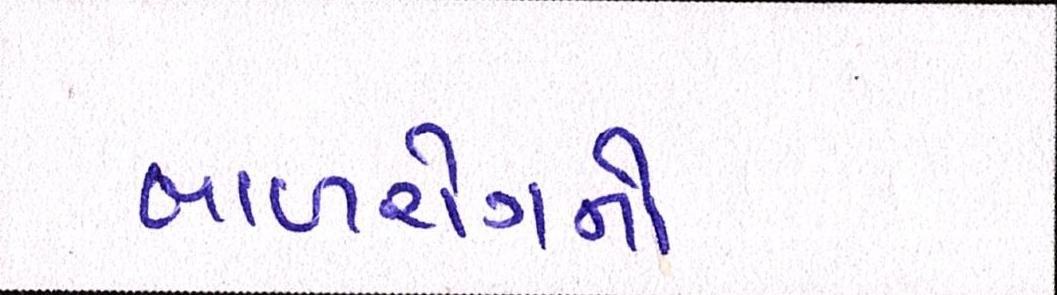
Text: બાળરોગનો